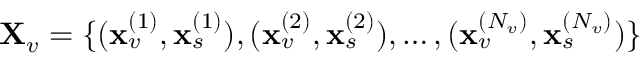
{ \bf X } _ { v } = \{ ( { \bf x } _ { v } ^ { ( 1 ) } , { \bf x } _ { s } ^ { ( 1 ) } ) , ( { \bf x } _ { v } ^ { ( 2 ) } , { \bf x } _ { s } ^ { ( 2 ) } ) , \dots , ( { \bf x } _ { v } ^ { ( N _ { v } ) } , { \bf x } _ { s } ^ { ( N _ { v } ) } ) \}